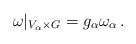
\begin{align*}\omega|_{V_\alpha \times G} = g_\alpha \omega_\alpha\,.\end{align*}